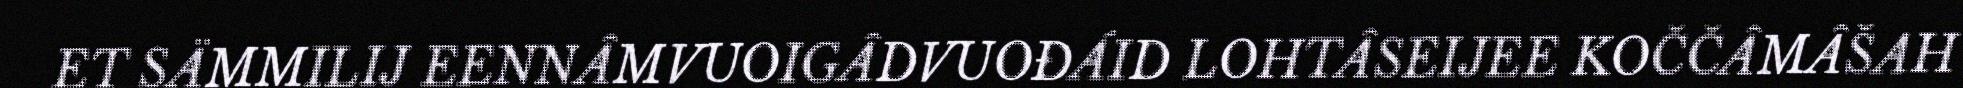
ET SÄMMILIJ EENNÂMVUOIGÂDVUOĐÁID LOHTÂSEIJEE KOČČÂMÂŠAH